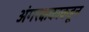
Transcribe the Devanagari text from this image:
अंगरक्षकाकडून